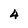
Character: 4